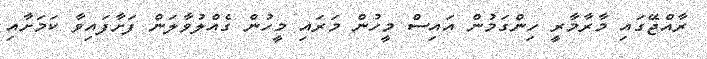
ރާއްޖޭގައި މާރާމާރީ ހިންގަމުން އައިސް މީހުން މަރައި މީހުން ގެއްލުވާލަން ފަށާފައިވާ ކަމަށާއި